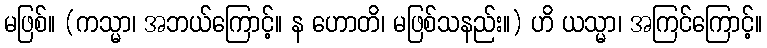
မဖြစ်။ (ကသ္မာ၊ အဘယ်ကြောင့်။ န ဟောတိ၊ မဖြစ်သနည်း။) ဟိ ယသ္မာ၊ အကြင်ကြောင့်။